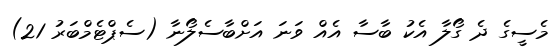
މެސީގެ ދެ ގޯލާ އެކު ބާސާ އެއް ވަނަ އަށްބާސެލޯނާ (ސެޕްޓެމްބަރު 21)